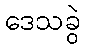
ဒေသခွဲ